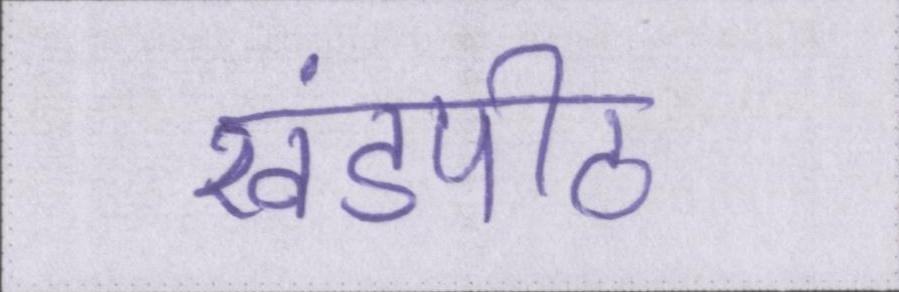
खंडपीठ